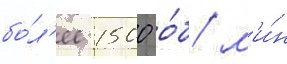
бо́л'ее 1500 о́б/ м'и́н